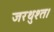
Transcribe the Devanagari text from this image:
जरथुश्त।